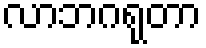
လာဘဂရုတာ